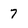
Character: 7